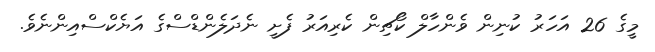
މީގެ 26 އަހަރު ކުނިން ވެންހާލް ކޯޗިން ކެރިއަރު ފެށީ ނެދަލެންޑްސްގެ އަޔެކްސްއިންނެވެ.